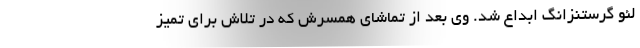
لئو گرستنزانگ ابداع شد. وی بعد از تماشای همسرش که در تلاش برای تمیز